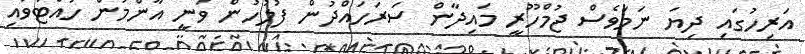
އަރިހުގައި ދިޔަ ނަމަވެސް ޖުމްހޫރީ މައިދާން ސަރަހައްދުން ފުލުހުން ވަނީ އާންމުން ހުއްޓުވައި